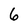
Character: 6